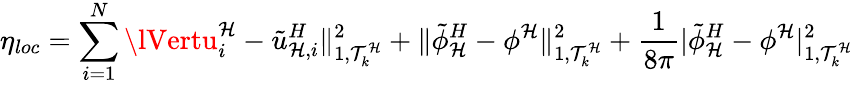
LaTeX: \eta_{loc}=\sum_{i=1}^{N}\lVertu_{i}^{\mathcal{H}}-\tilde{{u}}_{\mathcal{H},i}^{H}\rVert_{1,\mathcal{{T}}_{k}^{\mathcal{H}}}^{2}+\lVert\tilde{{\phi}}_{\mathcal{H}}^{H}-\phi^{\mathcal{H}}\rVert_{1,\mathcal{{T}}_{k}^{\mathcal{H}}}^{2}+\frac{{1}}{{8\pi}}\lvert\tilde{{\phi}}_{\mathcal{H}}^{H}-\phi^{\mathcal{H}}\rvert_{1,\mathcal{{T}}_{k}^{\mathcal{H}}}^{2}